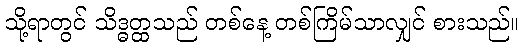
သို့ရာတွင် သိဒ္ဓတ္ထသည် တစ်နေ့ တစ်ကြိမ်သာလျှင် စားသည်။